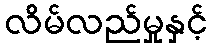
လိမ်လည်မှုနှင့်